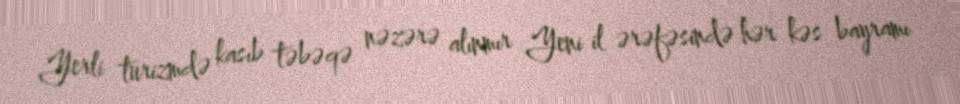
Yerli turizmdə kasıb təbəqə nəzərə alınmır Yeni il ərəfəsində hər kəs bayramı